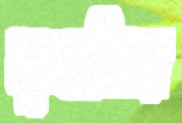
মুসাব্বির